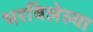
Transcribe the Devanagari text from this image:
भरविलेल्या